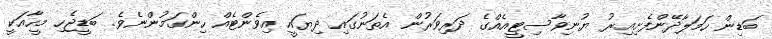
ބަޑިން ހަމަލާދޭންފެށިއިރު ޔުނިވާސިޓީއެއްގެ ދަރިވަރުން އެތަނުގައި ދިޔައީ އިވެންޓެއް ހިންގަމުންނެވެ. ބަޑީޖެހި މީހާއަކީ